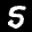
Label: 5